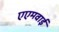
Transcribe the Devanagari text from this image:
एएमवाई